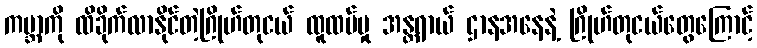
ကမ္ဘာကို ထိခိုက်လာနိုင်တဲ့ဂြိုဟ်တုငယ် ထူထပ်မှု အန္တရာယ် ဌာနအနေနဲ့ ဂြိုဟ်တုငယ်တွေကြောင့်